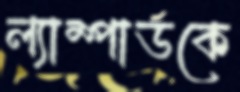
ল্যাম্পার্ডকে